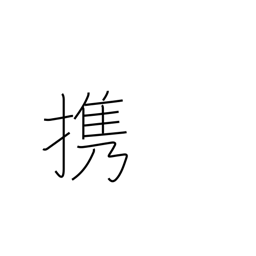
Meaning: carry (in hand)